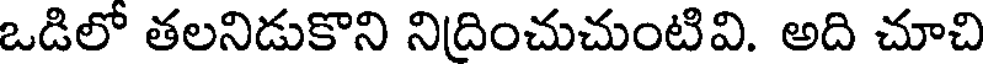
ఒడిలో తలనిడుకొని నిదించుచుంటివి. అది చూచి